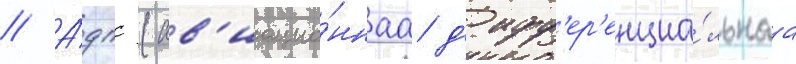
// А́дпс (ав'иацио́ннаа д'ифф'ер'енциа́льнаа